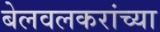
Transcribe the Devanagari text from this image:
बेलवलकरांच्या